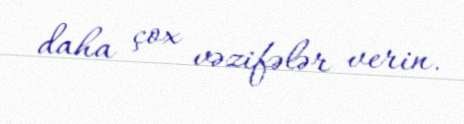
daha çox vəzifələr verin.